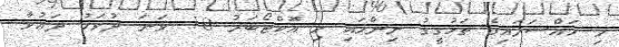
މި މައްސަލައިގެ ތަހުގީގު ނިންމައި މި އޮކްޓޯބަރު 18 ވަނަ ދުވަހު ދަޢުވާ